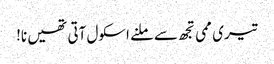
تیری ممی تجھ سے ملنے اسکول آتی تھیں نا!